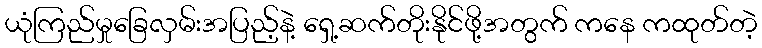
ယုံကြည်မှုခြေလှမ်းအပြည့်နဲ့ ရှေ့ဆက်တိုးနိုင်ဖို့အတွက် ကနေ ကထုတ်တဲ့